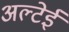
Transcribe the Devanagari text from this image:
अल्टेई